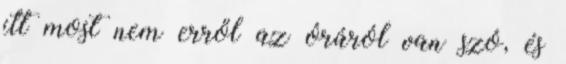
itt most nem erről az óráról van szó, és